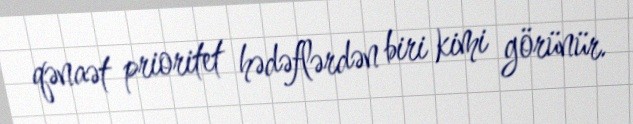
qənaət prioritet hədəflərdən biri kimi görünür.